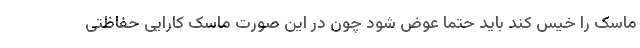
ماسک را خیس کند باید حتما عوض شود چون در این صورت ماسک کارایی حفاظتی